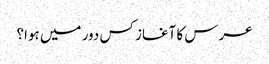
عرس کا آغاز کس دور میں ہوا؟